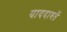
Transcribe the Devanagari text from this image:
याददाश्तें